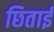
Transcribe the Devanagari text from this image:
छिताई